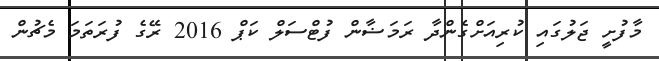
މާފުށީ ޖަލުގައި ކުރިއަށްގެންދާ ރަމަޟާން ފުޓްސަލް ކަޕް 2016 ރޭގެ ފުރަތަމަ މެޗުން